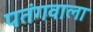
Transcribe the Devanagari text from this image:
पतंगवाला